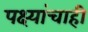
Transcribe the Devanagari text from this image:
पक्ष्यांचाही